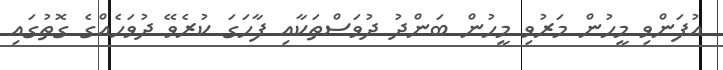
އުފަންވި މީހުން މަރުވި މީހުން ބަންދު ދުވަސްތަކާއި ފާހަގަ ކުރެވޭ ދުވަހެއްގެ ގޮތުގައި